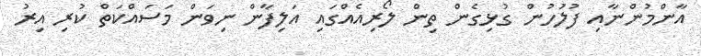
އާންމުންނާއި ފުލުހުން ގުޅިގެން ތިން ލޯރިއެއްގައި އަލިފާން ނިވަން މަސައްކަތް ކުރި އިރު